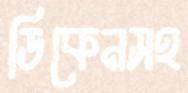
ডিকেনসহ